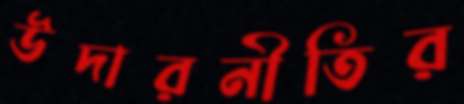
উদারনীতির